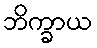
ဘိက္ခာယ